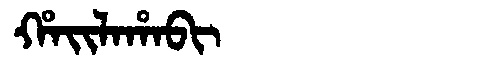
Manchu: ᡥᠠᡳᠯᠠᡥᠠᠪᡳ
Romanization: HAILAHABI